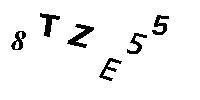
8TZE55